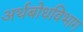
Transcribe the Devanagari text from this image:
अर्थबोधविभाग